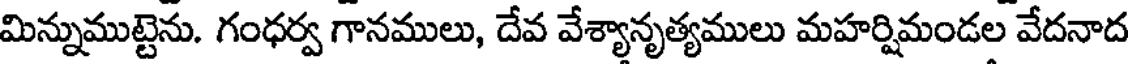
మిన్నుముట్టెను. గంధర్వ గానములు, దేవ వేశ్యానృత్యములు మహర్షిమండల వేదనాద